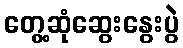
တွေ့ဆုံဆွေးနွေးပွဲ